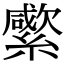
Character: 䌠